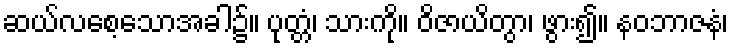
ဆယ်လစေ့သောအခါ၌။ ပုတ္တံ၊ သားကို။ ဝိဇာယိတွာ၊ ဖွား၍။ နဝဘာဇနံ၊